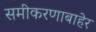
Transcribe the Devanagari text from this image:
समीकरणाबाहेर